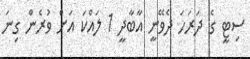
ސިޓީ ގެ ދަރަހަ ދެވޭނީ އާބާދީ 1 ލައްކަ އަށް ވުރެން ގިނަ